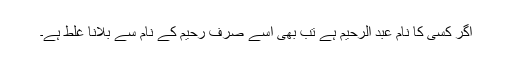
اگر کسی کا نام عبد الرحیم ہے تب بھی اسے صرف رحیم کے نام سے بلانا غلط ہے۔